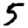
Digit: 5